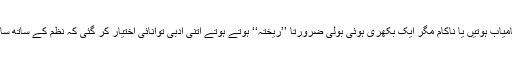
اصلاحی کوششیں اور میدانوں میں کامیاب ہوتیں یا ناکام مگر ایک بکھری ہوئی بولی ضرورتاً ’’ریختہ‘‘ ہوتے ہوتے اتنی ادبی توانائی اختیار کر گئی کہ نظم کے ساتھ ساتھ نثر کا بار اٹھا کر قدم بڑھا سکے۔